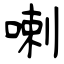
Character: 喇